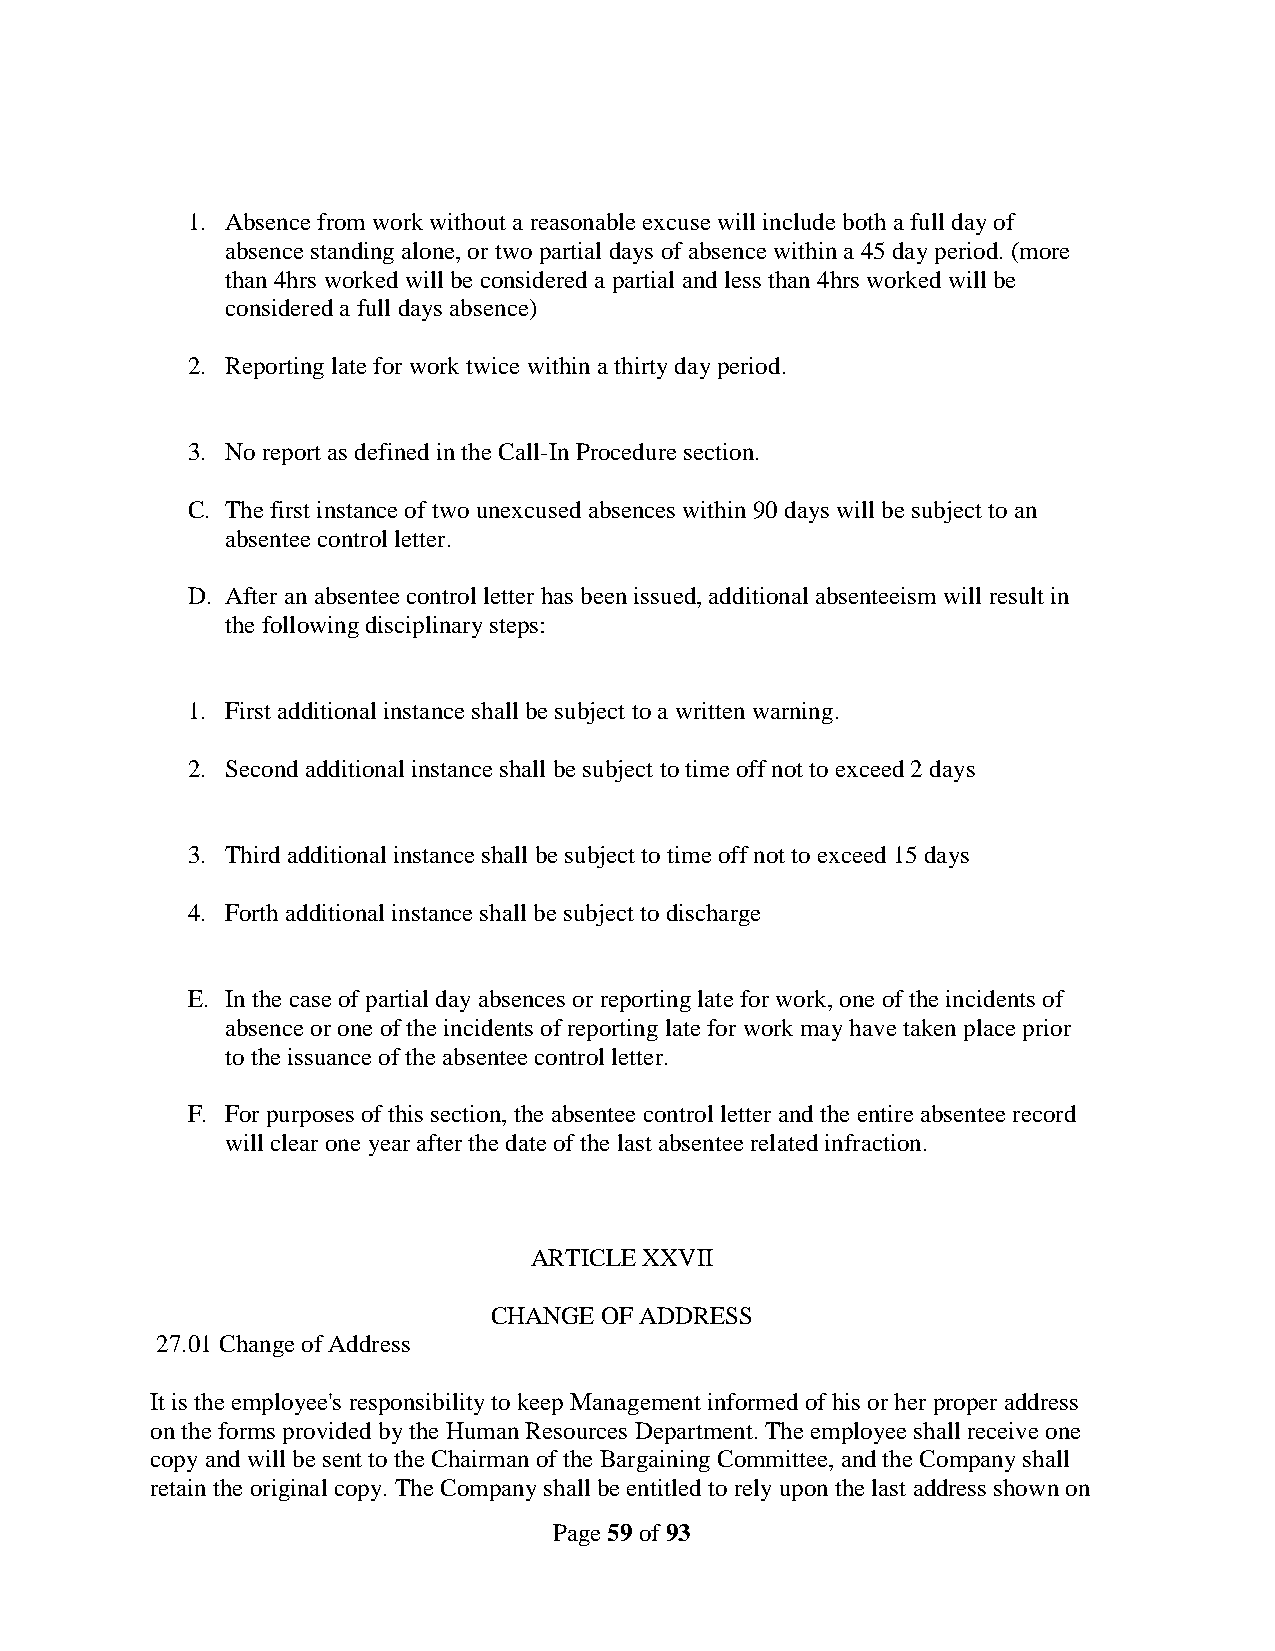
1. Absence from work without a reasonable excuse will include both a full day of
 absence standing alone, or two partial days of absence within a 45 day period. (more
 than 4hrs worked will be considered a partial and less than 4hrs worked will be
 considered a full days absence)
 2. Reporting late for work twice within a thirty day period.
 3. No report as defined in the Call-In Procedure section.
 C. The first instance of two unexcused absences within 90 days will be subject to an
 absentee control letter.
 D. After an absentee control letter has been issued, additional absenteeism will result in
 the following disciplinary steps:
 1. First additional instance shall be subject to a written warning.
 2. Second additional instance shall be subject to time off not to exceed 2 days
 3. Third additional instance shall be subject to time off not to exceed 15 days
 4. Forth additional instance shall be subject to discharge
 E. In the case of partial day absences or reporting late for work, one of the incidents of
 absence or one of the incidents of reporting late for work may have taken place prior
 to the issuance of the absentee control letter.
 F. For purposes of this section, the absentee control letter and the entire absentee record
 will clear one year after the date of the last absentee related infraction.
 ARTICLE XXVII
 CHANGE  OF ADDRESS
 27.01 Change of Address
 It is the employee's responsibility to keep Management informed of his or her proper address
 on the forms provided by the Human Resources Department. The employee shall receive one
 copy and will be sent to the Chairman of the Bargaining Committee, and the Company shall
 retain the original copy. The Company shall be entitled to rely upon the last address shown on
 Page 59 of 93